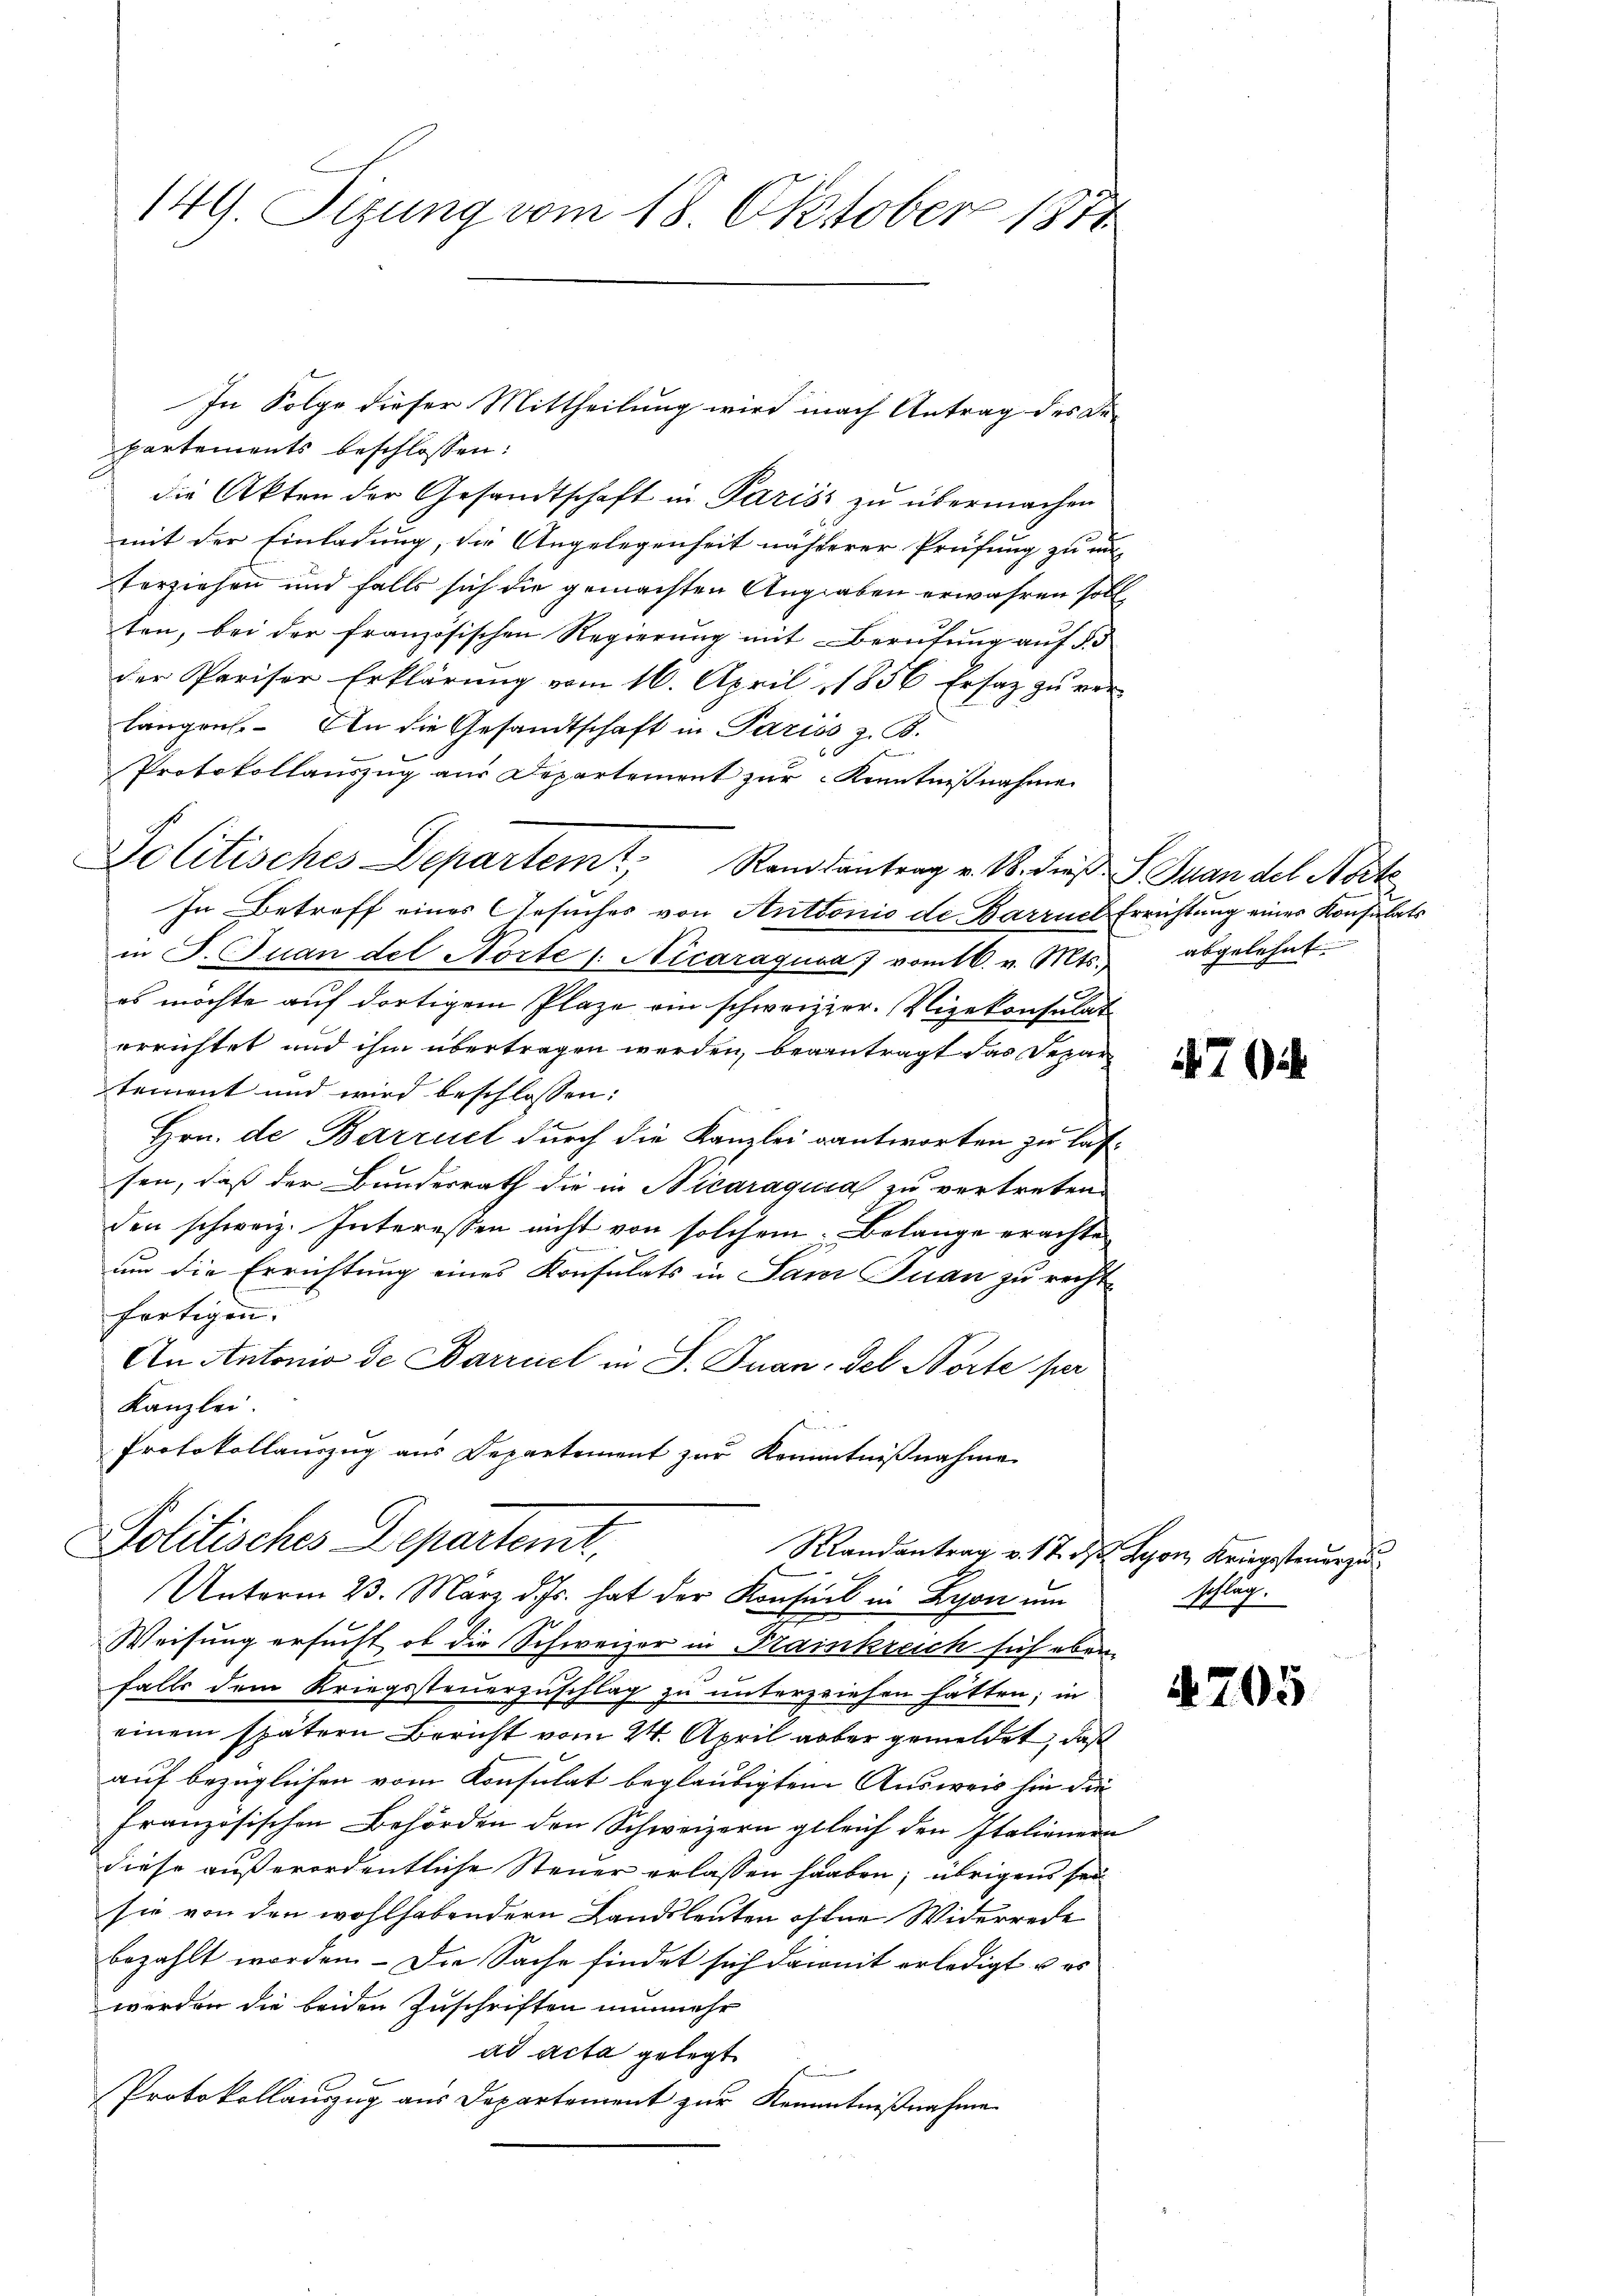
partements beschlossen:
die Akten der Gesandtschaft in Pariss zu übermachen
mit der Einladung, die Angelegenheit nächterer Prüfung zu un
Vorziehen und falls sich die gemachten Angaben erwahren soll
ten, bei der französischen Regierung mit Berufung auf § 5
der Parisor Erklärŭng vom 16. April 1856 Ersatz zŭ ver-
längen. An die Gesandtschaft in Pariss, z. B.
Protokollauszug aus Departement zur Kenntnißnahme
Politisches Departemt, Randsantrag v. 18. dieß Juan del Note
In Betreff eines Gesuches von Anttonio de Barruel Errichtung eines Konsulats
in P. Quan der Norte 1. Nicaraguna 7 vomtb. v. Mts.,
es möchte auf dortigem Plaze ein schweizer. Vizekonsulat
errichtet und ihm übertragen werden, beantragt das Depar
tement und wird beschlossen:
Hrn. de Barriet durch die Kanzlei antworten zu lassen, daß der Bunderrath die in Nicaraqusa zu vertreten.
den schweiz. Interessen nicht von solchem Belange erachte
um die Errichtung eines Konsulats in San Juan zu recht
fertigen.
An Antonio de Barriel in S. Juan, del Porte per
Kanzlei.
Protokollauszug aus Departement zur Kenntnißnahme
Politisches Departeme,
Randantrag v. 17. d. Lyon, Kriegssteuerzu
Unterm 23. März d. Js. hat der Konsul in Lyon um
Weisung ersucht, ob die Schweizer in Trainkreich sich überfalls dem Kriegssteuerzuschlag zu unterzeichen hätten; in
einem spätern Bericht vom 24. April aber gemeldet, daß
auf bezüglichen vom Konsulat beglaubigten Ausweis sie die
Französischen Behörden den Schweizern geleich den Italienern
diese außerordentliche Steuer erlassen haaben; übrigens seisie von den wohlhabendern Landsleuten ohne Widerrede
bezahlt worden. - Der Sache findet sich damit erledigt u es
werden die beiden Zuschriften nunmehr
ad acta gelegt
s
Protokollauszug aus Departement zur Kenntnißnahme

149. Sizung vom 18. Oktober 1871

In Folge dieser Mittheilung wird nach Antrag des Be-

abgelehnt.

7

Schlug.

4705